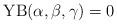
LaTeX: \begin{align*} \mathrm{YB}(\alpha, \beta, \gamma) = 0\end{align*}